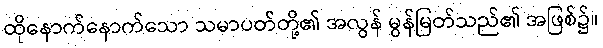
ထိုနောက်နောက်သော သမာပတ်တို့၏ အလွန် မွန်မြတ်သည်၏ အဖြစ်၌။